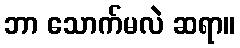
ဘာ သောက်မလဲ ဆရာ။